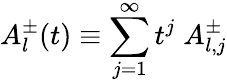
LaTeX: A_{l}^{\pm}(t)\equiv\sum_{j=1}^{\infty}t^{j}\; A_{l,j}^{\pm}